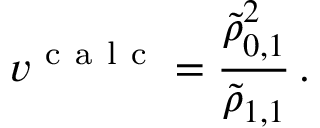
v ^ { \mathrm { ~ c ~ a ~ l ~ c ~ } } = \frac { \tilde { \rho } _ { 0 , 1 } ^ { 2 } } { \tilde { \rho } _ { 1 , 1 } } \, .